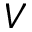
V